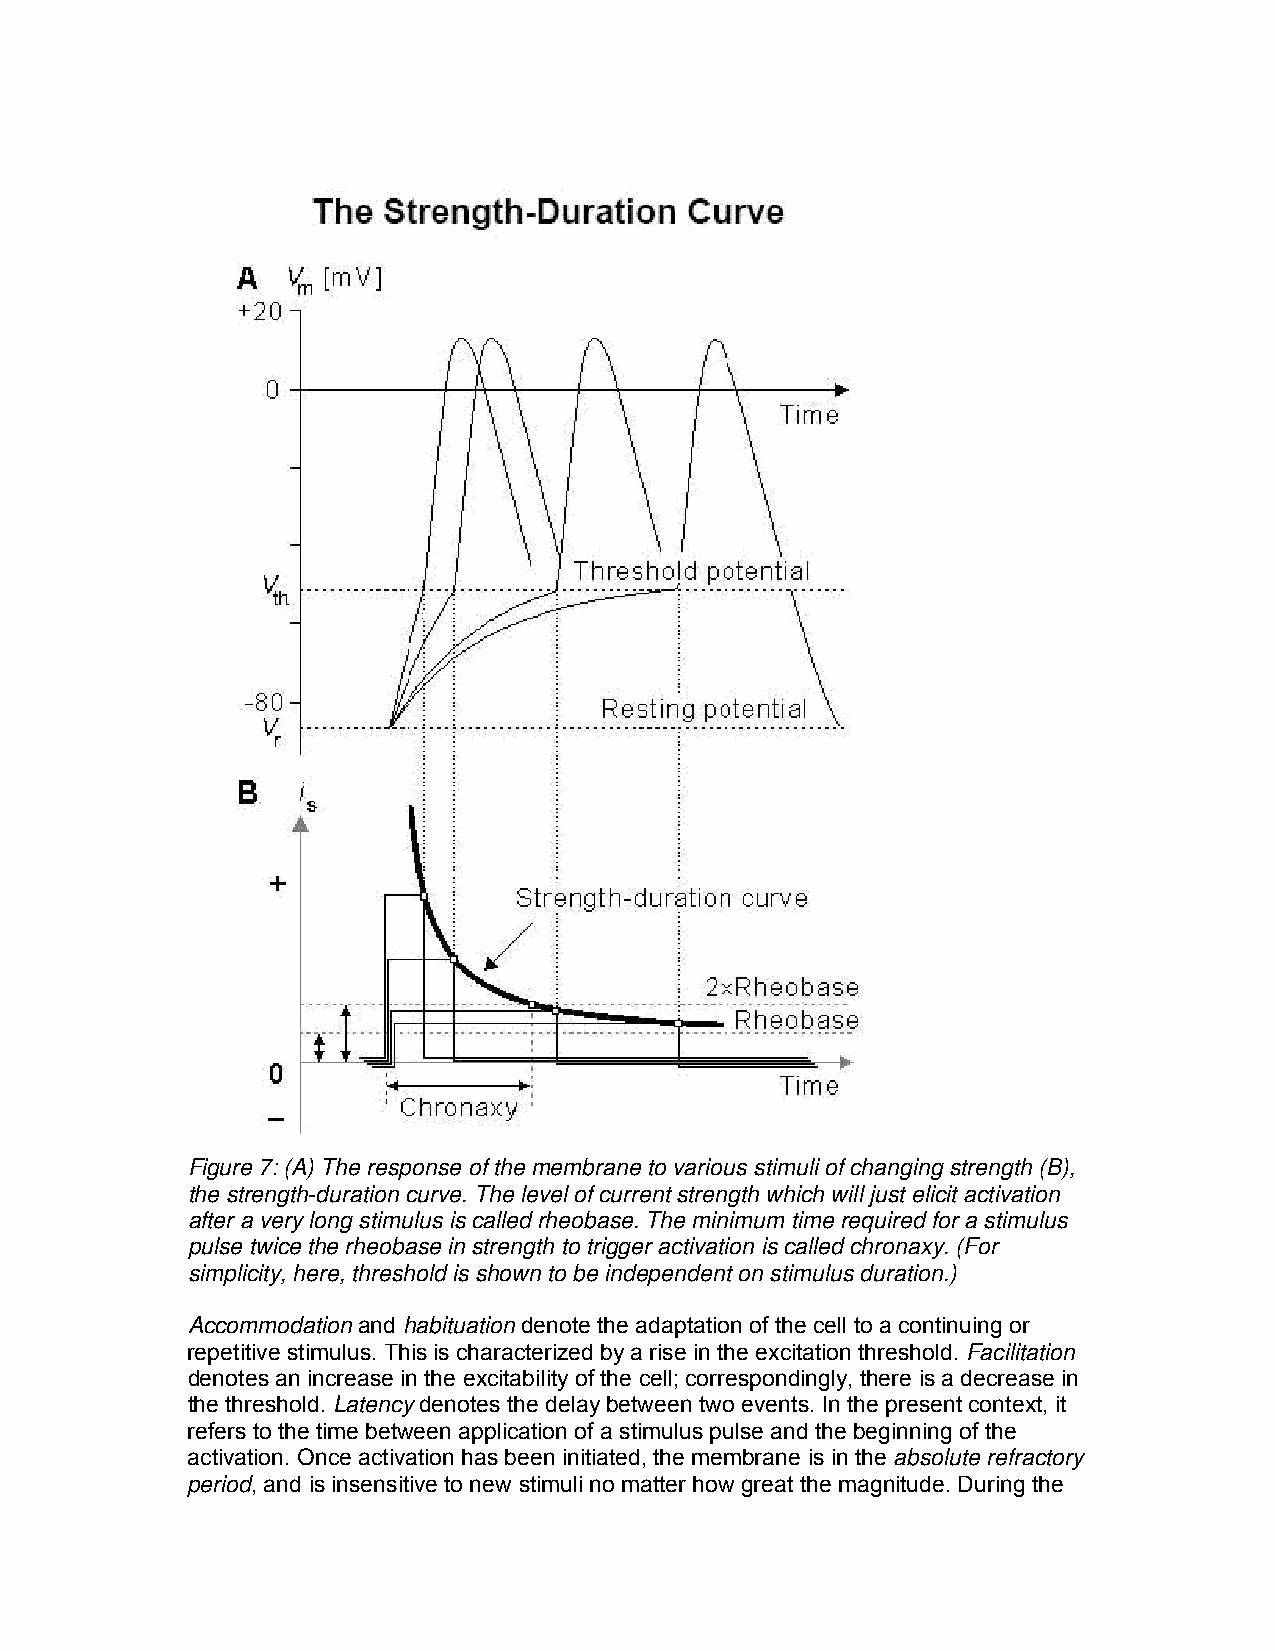
Figure 7: (A) The response of the membrane to various stimuli of changing strength (B),
 the strength-duration curve. The level of current strength which will just elicit activation
 after a very long stimulus is called rheobase. The minimum time required for a stimulus
 pulse twice the rheobase in strength to trigger activation is called chronaxy. (For
 simplicity, here, threshold is shown to be independent on stimulus duration.)
 Accommodation and habituation denote the adaptation of the cell to a continuing or
 repetitive stimulus. This is characterized by a rise in the excitation threshold. Facilitation
 denotes an increase in the excitability of the cell; correspondingly, there is a decrease in
 the threshold. Latency denotes the delay between two events. In the present context, it
 refers to the time between application of a stimulus pulse and the beginning of the
 activation. Once activation has been initiated, the membrane is in the absolute refractory
 period, and is insensitive to new stimuli no matter how great the magnitude. During the